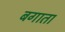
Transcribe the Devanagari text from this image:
बगाता